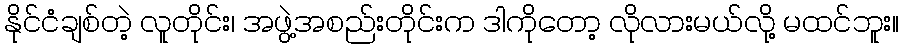
နိုင်ငံချစ်တဲ့ လူတိုင်း၊ အဖွဲ့အစည်းတိုင်းက ဒါကိုတော့ လိုလားမယ်လို့ မထင်ဘူး။